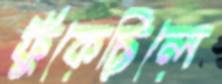
ফুঁকেছিলে